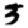
Digit: 3